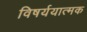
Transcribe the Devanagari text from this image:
विषर्ययात्मक